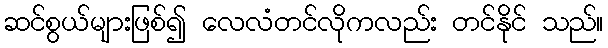
ဆင်စွယ်များဖြစ်၍ လေလံတင်လိုကလည်း တင်နိုင် သည်။